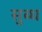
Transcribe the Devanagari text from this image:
सुब्ध